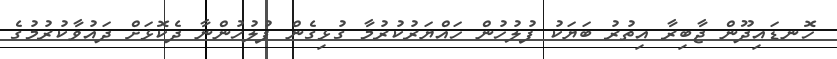
ހޮނޑައިދޫން ޖާބިރާ އިތުރު ބަޔަކު ފުލުހުން ހައްޔަރުކުރުމާ ގުޅިގެން ފުލުހުންނާ ދެކޮޅަށް ދައުވާކުރުމުގެ